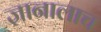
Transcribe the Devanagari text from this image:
ज्ञानालाच